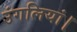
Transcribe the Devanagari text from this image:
उंगलियां।